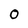
Character: 0